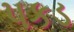
પકડ